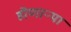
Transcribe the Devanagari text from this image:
हॊणाऱ्या